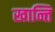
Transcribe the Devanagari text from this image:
खान्ति